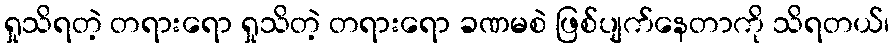
ရှုသိရတဲ့ တရားရော ရှုသိတဲ့ တရားရော ခဏမစဲ ဖြစ်ပျက်နေတာကို သိရတယ်၊